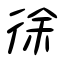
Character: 徐